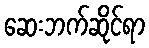
ဆေးဘက်ဆိုင်ရာ